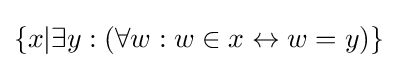
\{x|\exists y:(\forall w:w\in x\leftrightarrow w=y)\}